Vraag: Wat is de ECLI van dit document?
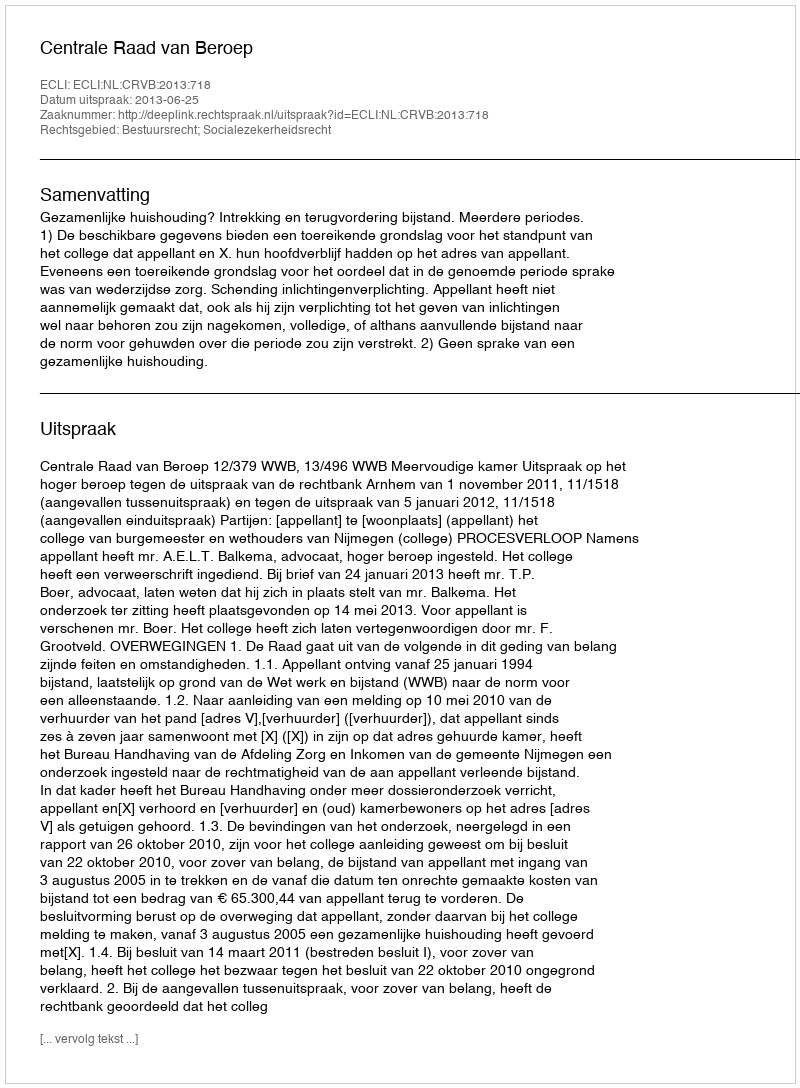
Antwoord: ECLI:NL:CRVB:2013:718